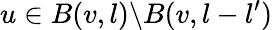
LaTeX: u\in B(v,l)\backslash B(v,l-l^{\prime})